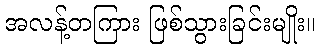
အလန့်တကြား ဖြစ်သွားခြင်းမျိုး။